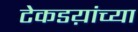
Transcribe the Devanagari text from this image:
टेकडय़ांच्या